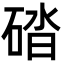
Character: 䂿